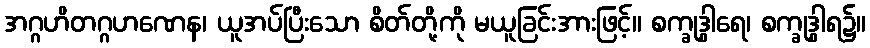
အဂ္ဂဟိတဂ္ဂဟဏေန၊ ယူအပ်ပြီးသော စိတ်တို့ကို မယူခြင်းအားဖြင့်။ စက္ခုဒွါရေ၊ စက္ခုဒွါရ၌။